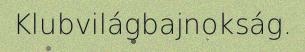
Klubvilágbajnokság.